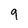
Character: 9